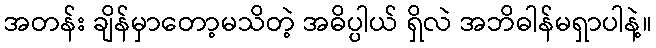
အတန်း ချိန်မှာတော့မသိတဲ့ အဓိပ္ပါယ် ရှိလဲ အဘိဓါန်မရှာပါနဲ့။